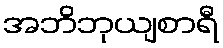
အဘိဘုယျစာရီ